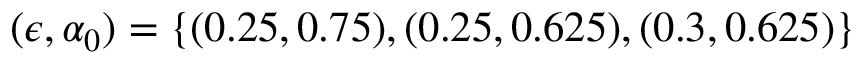
( \epsilon , \alpha _ { 0 } ) = \lbrace ( 0 . 2 5 , 0 . 7 5 ) , ( 0 . 2 5 , 0 . 6 2 5 ) , ( 0 . 3 , 0 . 6 2 5 ) \rbrace